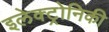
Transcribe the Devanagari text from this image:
इलेक्ट्रोनिकी